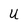
Character: U